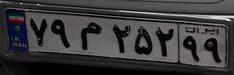
۷۹م۲۵۲۹۹